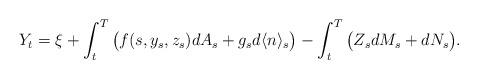
LaTeX: \begin{align*}Y_t = \xi + \int_t^T \big( f(s, y_s, z_s) dA_s + g_s d\langle n \rangle_s \big) -\int_t^T \big(Z_s dM_s + dN_s \big).\end{align*}